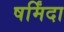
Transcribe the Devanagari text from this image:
षर्मिंदा